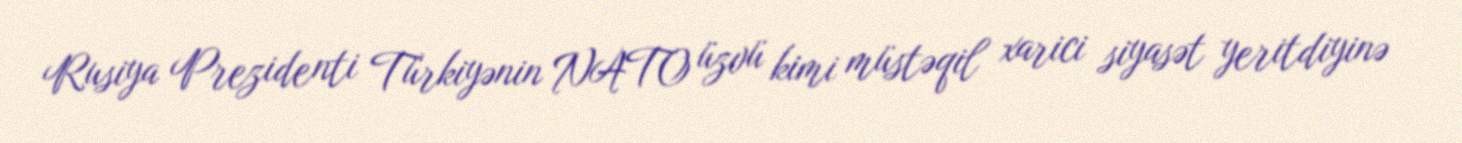
Rusiya Prezidenti Türkiyənin NATO üzvü kimi müstəqil xarici siyasət yeritdiyinə